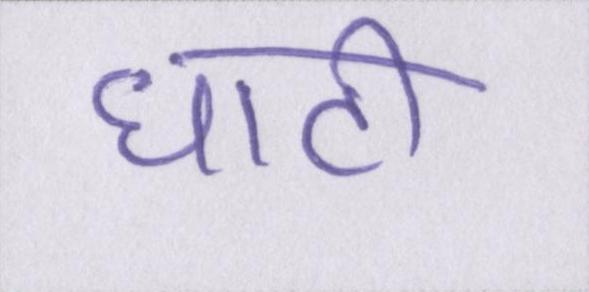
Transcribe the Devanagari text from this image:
घाटी